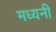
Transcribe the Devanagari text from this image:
मध्यनी